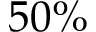
5 0 \%